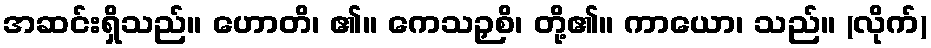
အဆင်းရှိသည်။ ဟောတိ၊ ၏။ ကေသဉှစိ၊ တို့၏။ ကာယော၊ သည်။ (လိုက်)